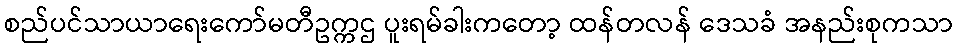
စည်ပင်သာယာရေးကော်မတီဥက္ကဌ ပူးရမ်ခါးကတော့ ထန်တလန် ဒေသခံ အနည်းစုကသာ